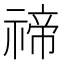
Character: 禘